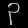
Digit: ၃